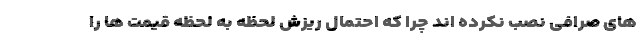
های صرافی نصب نکرده اند چرا که احتمال ریزش لحظه به لحظه قیمت ها را